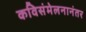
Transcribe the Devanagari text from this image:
कविसंमेलनानंतर